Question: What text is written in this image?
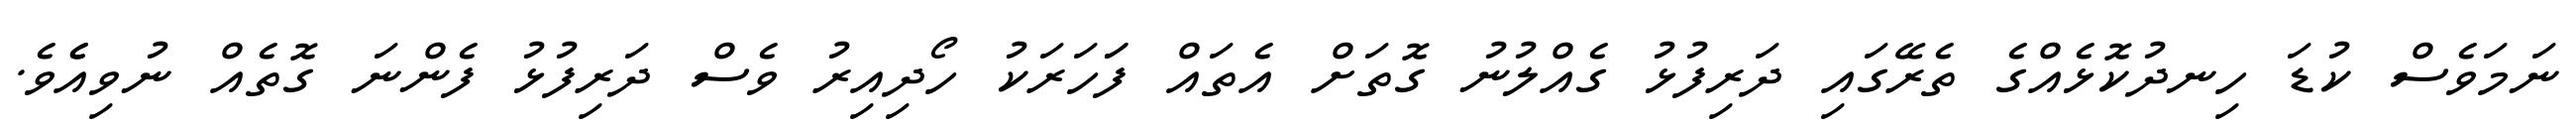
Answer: ނަމަވެސް ކުޑަ ހިނދުކޮޅެއްގެ ތެރޭގައި ދަރިފުޅު ގެއްލުނު ގޮތަށް އެތައް ފަަހަރަކު ހޯދިއިރު ވެސް ދަރިފުޅު ފެންނަ ގޮތެއް ނުވިއެެވެ.